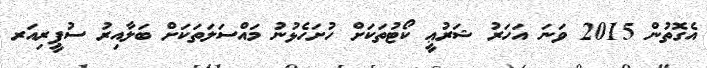
އެގޮތުން 2015 ވަނަ އަހަރު ޝަރުޢީ ކޯޓުތަކަށް ހުށަހެޅުނު މައްސަލަތަކަށް ބަލާއިރު ސުޕީރިއަރ